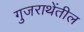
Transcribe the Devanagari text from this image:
गुजराथेंतील